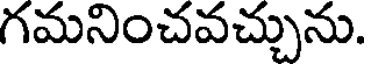
గమనించవచ్చును.